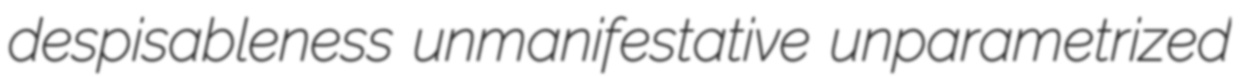
despisableness unmanifestative unparametrized